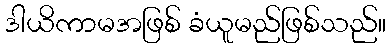
ဒါယိကာမအဖြစ် ခံယူမည်ဖြစ်သည်။